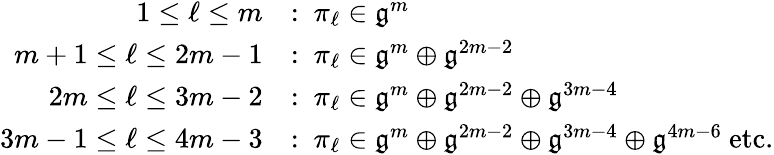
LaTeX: \begin{array}{rl}{1\leq\ell\leq m}&{:\ \pi_{\ell}\in\mathfrak{g}^{m}}\\ {m+1\leq\ell\leq 2m-1}&{:\ \pi_{\ell}\in\mathfrak{g}^{m}\oplus\mathfrak{g}^{2m-2}}\\ {2m\leq\ell\leq 3m-2}&{:\ \pi_{\ell}\in\mathfrak{g}^{m}\oplus\mathfrak{g}^{2m-2}\oplus\mathfrak{g}^{3m-4}}\\ {3m-1\leq\ell\leq 4m-3}&{:\ \pi_{\ell}\in\mathfrak{g}^{m}\oplus\mathfrak{g}^{2m-2}\oplus\mathfrak{g}^{3m-4}\oplus\mathfrak{g}^{4m-6}\mathrm{~etc.}}\end{array}